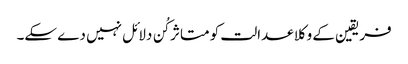
فریقین کے وکلا عدالت کو متاثر کُن دلائل نہیں دے سکے۔